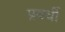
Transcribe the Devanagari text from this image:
प्रवर्धी